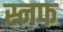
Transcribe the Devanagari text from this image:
स्नफ